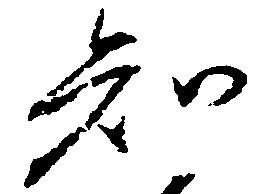
知